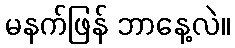
မနက်ဖြန် ဘာနေ့လဲ။